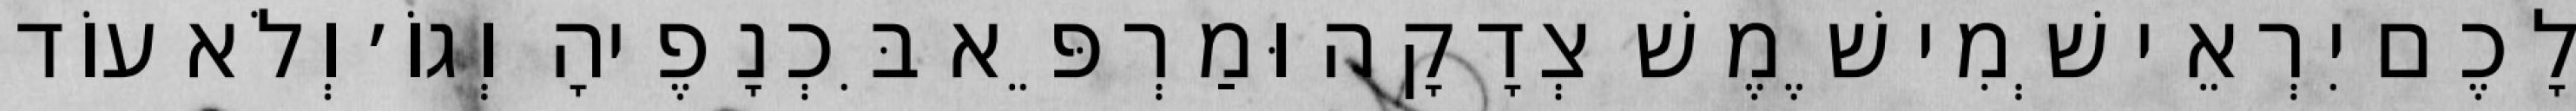
לָכֶם יִרְאֵי שְׁמִי שֶׁמֶשׁ צְדָקָה וּמַרְפֵּא בִּכְנָפֶיהָ וְגוֹ׳ וְלֹא עוֹד